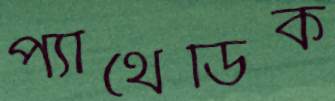
প্যাথেডিক